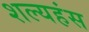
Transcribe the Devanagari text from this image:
शल्यहंस